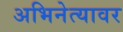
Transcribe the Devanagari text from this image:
अभिनेत्यावर